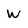
Character: W